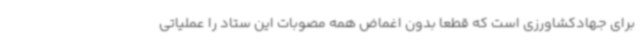
برای جهادکشاورزی است که قطعا بدون اغماض همه مصوبات این ستاد را عملیاتی